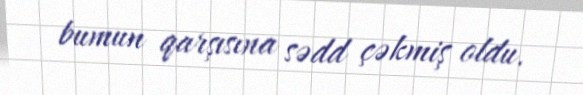
bumun qarşısına sədd çəkmiş oldu.